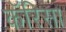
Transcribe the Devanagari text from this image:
कॅरिसा